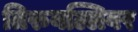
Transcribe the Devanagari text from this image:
तिरुवल्लिवर